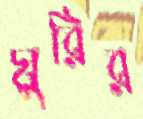
ঘুরির